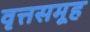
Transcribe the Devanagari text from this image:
वृत्तसमूह